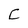
Character: C